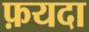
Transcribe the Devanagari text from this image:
फ़यदा